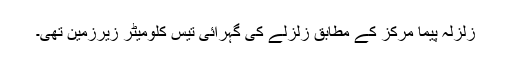
زلزلہ پیما مرکز کے مطابق زلزلے کی گہرائی تیس کلومیٹر زیرزمین تھی۔